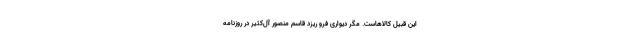
این قبیل کالاهاست. مگر دیواری فرو ریزد قاسم منصور آل‌کثیر در روزنامه